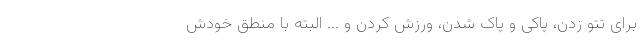
برای تتو زدن، پاکی و پاک شدن، ورزش کردن و ... البته با منطق خودش